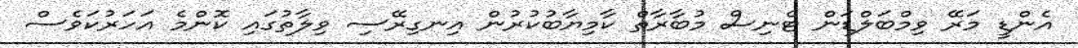
އެންޑީ މަރޭ ވިމްބަލްޑަން ޓެނިސް މުބާރާތް ކާމިޔާބުކުރުން އިނގިރޭސި ވިލާތުގައި ކޮންމެ އަހަރުކަވެސް